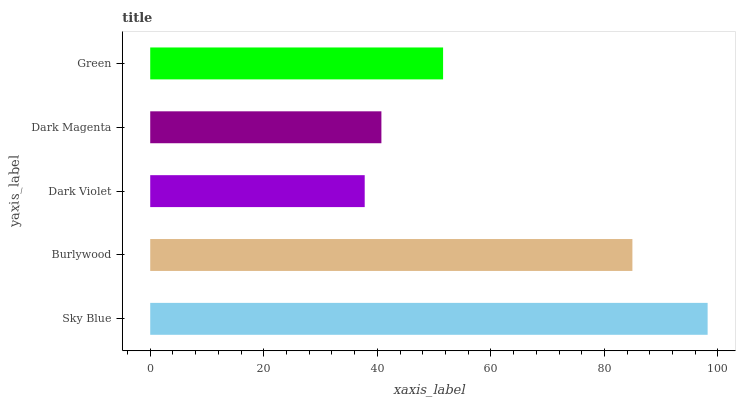
| yaxis_label | bars |
 | --- | --- |
 | Sky Blue | 98.2 |
 | Burlywood | 84.9 |
 | Dark Violet | 37.8 |
 | Dark Magenta | 40.7 |
 | Green | 51.6 |